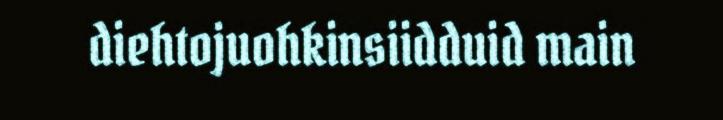
diehtojuohkinsiidduid main